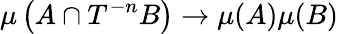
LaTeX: \mu\left(A\cap T^{-n}B\right)\to\mu(A)\mu(B)